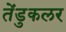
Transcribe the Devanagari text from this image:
तेंडुकलर